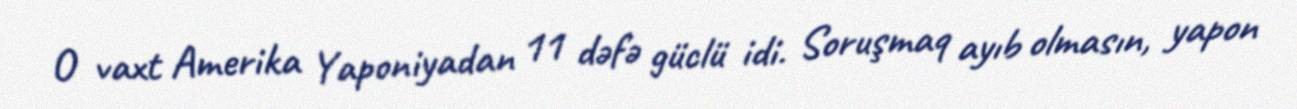
O vaxt Amerika Yaponiyadan 11 dəfə güclü idi. Soruşmaq ayıb olmasın, yapon